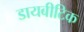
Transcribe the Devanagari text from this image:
डायबीटिक